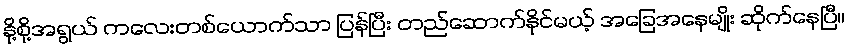
နို့စို့အရွယ် ကလေးတစ်ယောက်သာ ပြန်ပြီး တည်ဆောက်နိုင်မယ့် အခြေအနေမျိုး ဆိုက်နေပြီ။